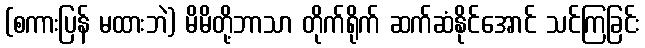
(စကားပြန် မထားဘဲ) မိမိတို့ဘာသာ တိုက်ရိုက် ဆက်ဆံနိုင်အောင် သင်ကြခြင်း